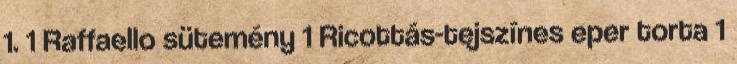
1. 1 Raffaello sütemény 1 Ricottás-tejszínes eper torta 1